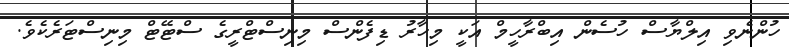
ހުންނެވި އިލްޔާސް ހުސެން އިބްރާހީމް އަކީ މިހާރު ޑިފެންސް މިނިސްޓްރީގެ ސްޓޭޓް މިނިސްޓަރެކެވެ.